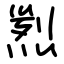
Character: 煭